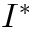
I ^ { * }